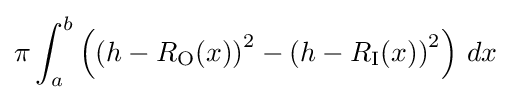
\pi \int _{a}^{b}\left(\left(h-R_{\mathrm {O} }(x)\right)^{2}-\left(h-R_{\mathrm {I} }(x)\right)^{2}\right)\,dx